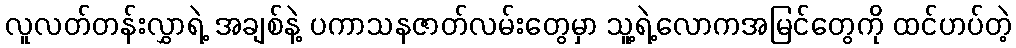
လူလတ်တန်းလွှာရဲ့ အချစ်နဲ့ ပကာသနဇာတ်လမ်းတွေမှာ သူ့ရဲ့လောကအမြင်တွေကို ထင်ဟပ်တဲ့